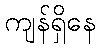
ကျန်ရှိနေ